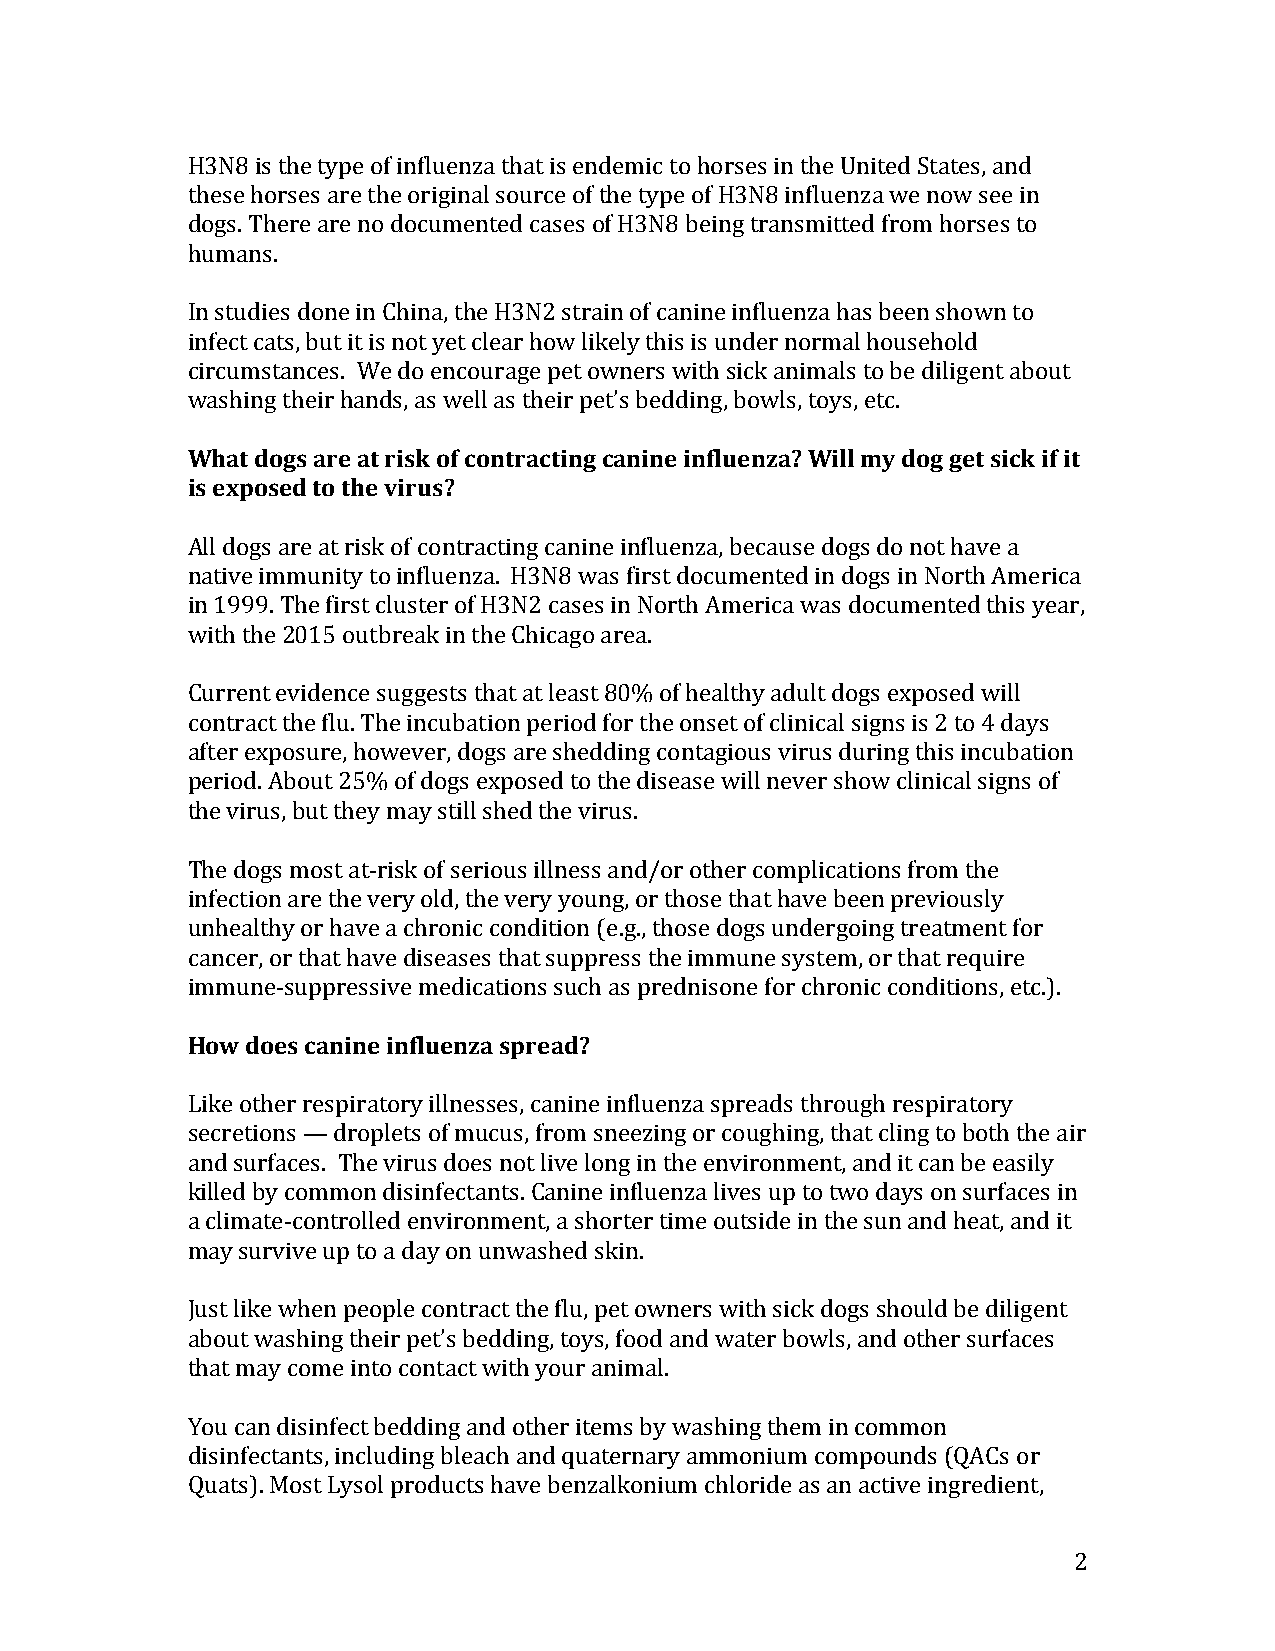
H3N8 is the type of influenza that is endemic to horses in the United States, and
 these horses are the original source of the type of H3N8 influenza we now see in
 dogs. There are no documented cases of H3N8 being transmitted from horses to
 humans.
 In studies done in China, the H3N2 strain of canine influenza has been shown to
 infect cats, but it is not yet clear how likely this is under normal household
 circumstances. We do encourage pet owners with sick animals to be diligent about
 washing their hands, as well as their pet’s bedding, bowls, toys, etc.
 What dogs are at risk of contracting canine influenza? Will my dog get sick if it
 is exposed to the virus?
 All dogs are at risk of contracting canine influenza, because dogs do not have a
 native immunity to influenza. H3N8 was first documented in dogs in North America
 in 1999. The first cluster of H3N2 cases in North America was documented this year,
 with the 2015 outbreak in the Chicago area.
 Current evidence suggests that at least 80% of healthy adult dogs exposed will
 contract the flu. The incubation period for the onset of clinical signs is 2 to 4 days
 after exposure, however, dogs are shedding contagious virus during this incubation
 period. About 25% of dogs exposed to the disease will never show clinical signs of
 the virus, but they may still shed the virus.
 The dogs most at-­‐risk of serious illness and/or other complications from the
 infection are the very old, the very young, or those that have been previously
 unhealthy or have a chronic condition (e.g., those dogs undergoing treatment for
 cancer, or that have diseases that suppress the immune system, or that require
 immune-­‐suppressive medications such as prednisone for chronic conditions, etc.).
 How does canine influenza spread?
 Like other respiratory illnesses, canine influenza spreads through respiratory
 secretions — droplets of mucus, from sneezing or coughing, that cling to both the air
 and surfaces. The virus does not live long in the environment, and it can be easily
 killed by common disinfectants. Canine influenza lives up to two days on surfaces in
 a climate-­‐controlled environment, a shorter time outside in the sun and heat, and it
 may survive up to a day on unwashed skin.
 Just like when people contract the flu, pet owners with sick dogs should be diligent
 about washing their pet’s bedding, toys, food and water bowls, and other surfaces
 that may come into contact with your animal.
 You can disinfect bedding and other items by washing them in common
 disinfectants, including bleach and quaternary ammonium compounds (QACs or
 Quats). Most Lysol products have benzalkonium chloride as an active ingredient,
 2